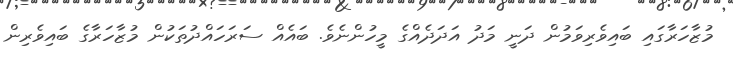
މުޒާހަރާގައި ބައިވެރިވަމުން ދަނީ މަދު އަދަދެއްގެ މީހުންނެވެ. ބައެއް ސަރަހައްދުތަކުން މުޒާހަރާގެ ބައިވެރިން